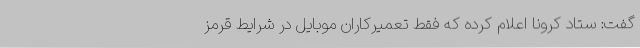
گفت: ستاد کرونا اعلام کرده که فقط تعمیرکاران موبایل در شرایط قرمز